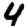
Digit: 4